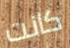
كانت